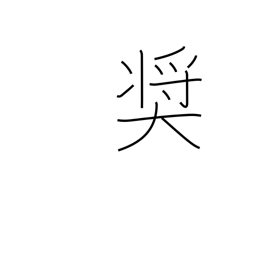
Meaning: exhort